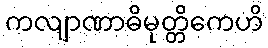
ကလျာဏာဓိမုတ္တိကေဟိ